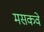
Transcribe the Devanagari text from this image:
मसकवे